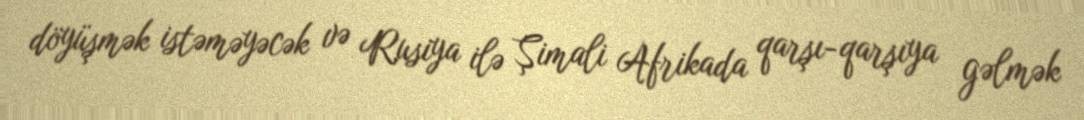
döyüşmək istəməyəcək və Rusiya ilə Şimali Afrikada qarşı-qarşıya gəlmək